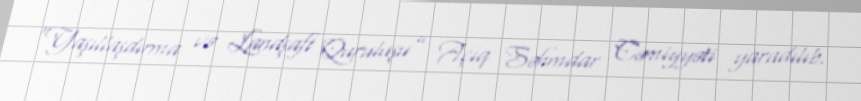
“Yaşıllaşdırma və Landşaft Quruluşu” Açıq Səhmdar Cəmiyyəti yaradılıb.